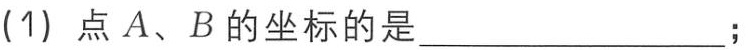
(1) 点 \(A、B\) 的坐标的是  ；